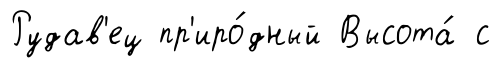
Рудав'ец пр'иро́дный Высота́ с